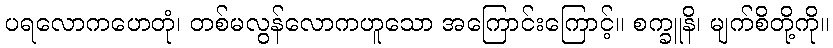
ပရလောကဟေတုံ၊ တစ်မလွန်လောကဟူသော အကြောင်းကြောင့်။ စက္ခူနိ၊ မျက်စိတို့ကို။